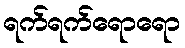
ရက်ရက်ရောရော